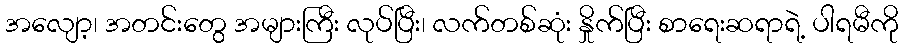
အလျော့၊ အတင်းတွေ အများကြီး လုပ်ပြီး၊ လက်တစ်ဆုံး နှိုက်ပြီး စာရေးဆရာရဲ့ ပါရမီကို